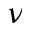
\nu